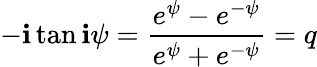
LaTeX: -\mathbf{i}\tan\mathbf{i}\psi={\frac{{e^{\psi}-e^{-\psi}}}{{e^{\psi}+e^{-\psi}}}}=q